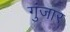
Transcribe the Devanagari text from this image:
गुंजार